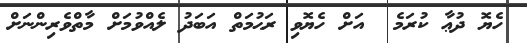
ހެޔޮ ދުޢާ ކުރަމެ  އަށް ހެޔޮވި ރަޙުމަތް އަބަދު ލެއްވުމަށް މާތްވެރިންނަށް